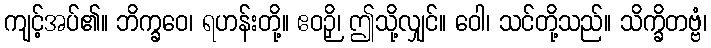
ကျင့်အပ်၏။ ဘိက္ခဝေ၊ ရဟန်းတို့။ ဧဝဉှိ၊ ဤသို့လျှင်။ ဝေါ၊ သင်တို့သည်။ သိက္ခိတဗ္ဗံ၊